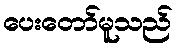
ပေးတော်မူသည်